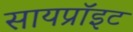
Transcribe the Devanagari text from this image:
सायप्रॉइट